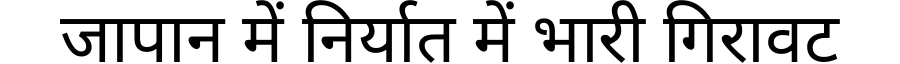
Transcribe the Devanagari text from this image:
जापान में निर्यात में भारी गिरावट